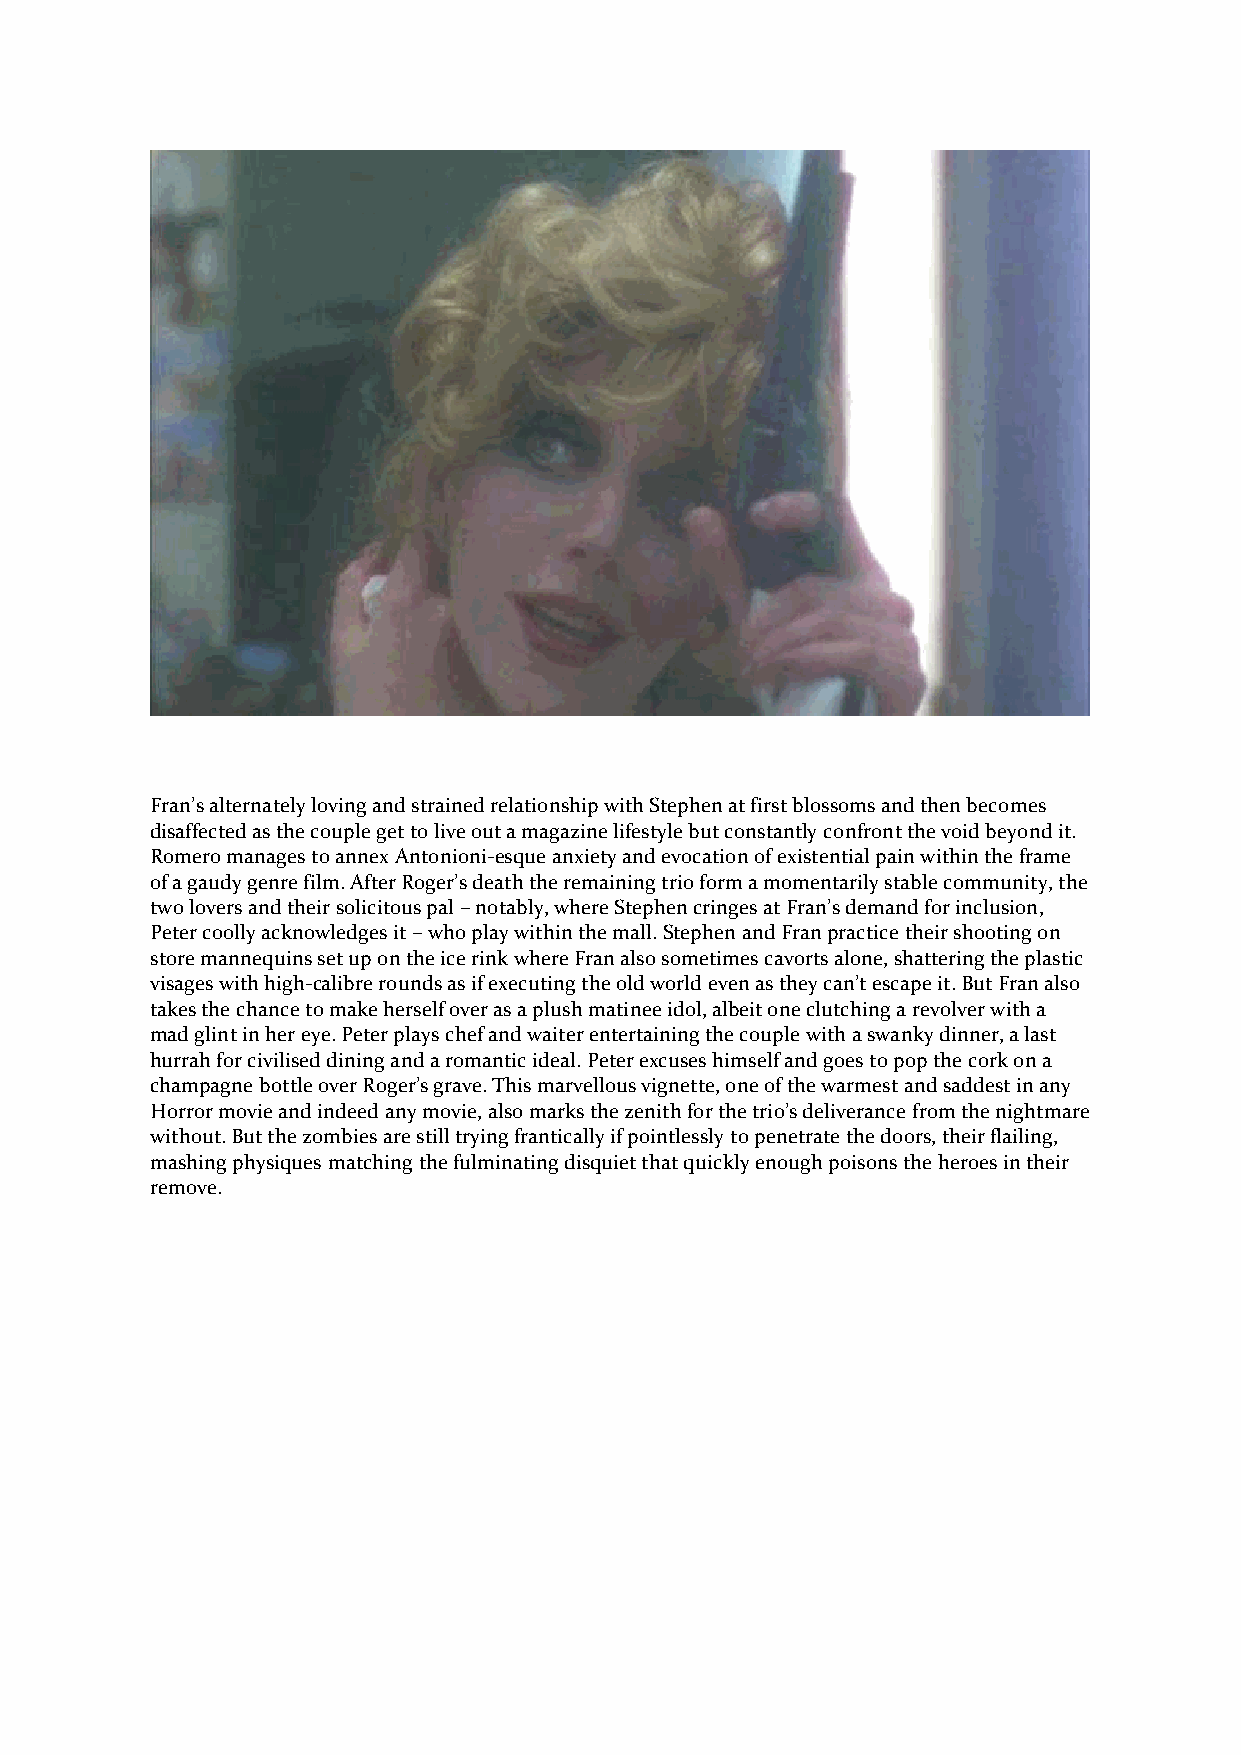
Fran’s alternately loving and strained relationship with Stephen at first blossoms and then becomes
 disaffected as the couple get to live out a magazine lifestyle but constantly confront the void beyond it.
 Romero manages to annex Antonioni-esque anxiety and evocation of existential pain within the frame
 of a gaudy genre film. After Roger’s death the remaining trio form a momentarily stable community, the
 two lovers and their solicitous pal – notably, where Stephen cringes at Fran’s demand for inclusion,
 Peter coolly acknowledges it – who play within the mall. Stephen and Fran practice their shooting on
 store mannequins set up on the ice rink where Fran also sometimes cavorts alone, shattering the plastic
 visages with high-calibre rounds as if executing the old world even as they can’t escape it. But Fran also
 takes the chance to make herself over as a plush matinee idol, albeit one clutching a revolver with a
 mad glint in her eye. Peter plays chef and waiter entertaining the couple with a swanky dinner, a last
 hurrah for civilised dining and a romantic ideal. Peter excuses himself and goes to pop the cork on a
 champagne bottle over Roger’s grave. This marvellous vignette, one of the warmest and saddest in any
 Horror movie and indeed any movie, also marks the zenith for the trio’s deliverance from the nightmare
 without. But the zombies are still trying frantically if pointlessly to penetrate the doors, their flailing,
 mashing physiques matching the fulminating disquiet that quickly enough poisons the heroes in their
 remove.